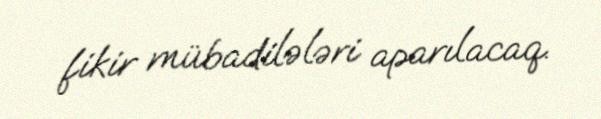
fikir mübadilələri aparılacaq.